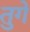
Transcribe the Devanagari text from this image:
तुगे